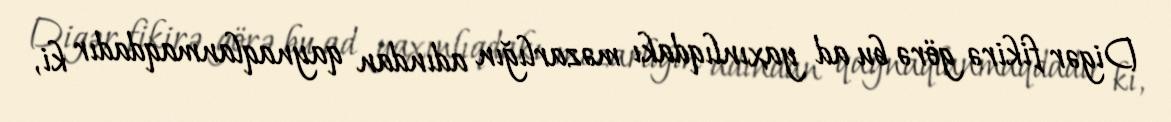
Digər fikirə görə bu ad yaxınlıqdakı məzarlığın adından qaynaqlanmaqdadır ki,